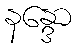
နန္ဒော